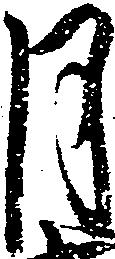
月